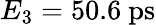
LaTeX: E_{3}=50.6~\mathrm{ps}